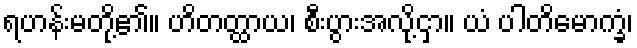
ရဟန်းမတို့၏။ ဟိတတ္ထာယ၊ စီးပွားအလို့ငှာ။ ယံ ပါတိမောက္ခံ၊